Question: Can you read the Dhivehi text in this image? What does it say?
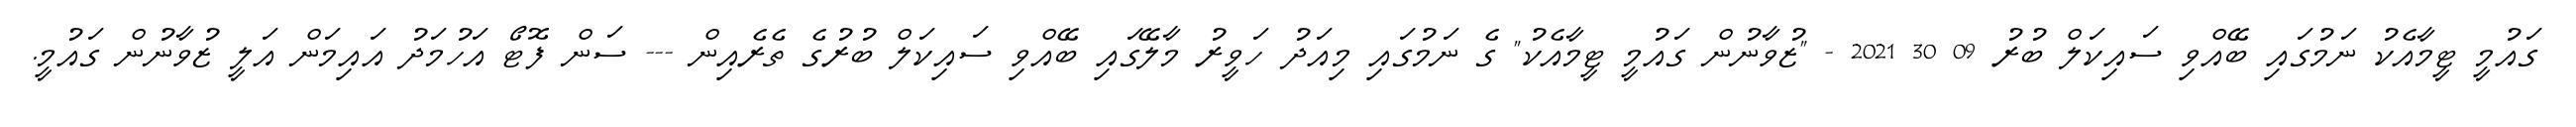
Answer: ގައުމީ ޓީމާއެކު ނަމުގައި ބޭއްވި ސައިކަލް ބުރު 09 30 2021 - "ޒުވާނުން ގައުމީ ޓީމާއެކު" ގެ ނަމުގައި މިއަދު ހަވީރު މާލޭގައި ބޭއްވި ސައިކަލް ބުރުގެ ތެރެއިން --- ސަން ފޮޓޯ އަހުމަދު އައިމަން އަލީ ޒުވާނުން ގައުމީ.